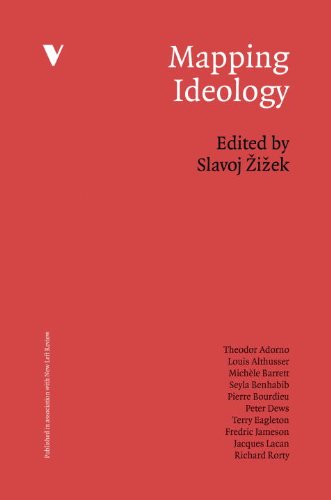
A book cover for Mapping Ideology (Mappings Series); Politics & Social Sciences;